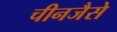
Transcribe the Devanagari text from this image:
चीनजैसे